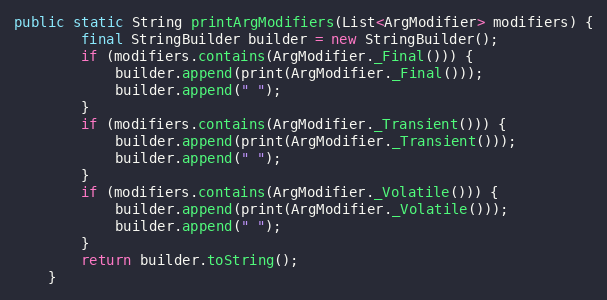
Language: Java
public static String printArgModifiers(List<ArgModifier> modifiers) {
        final StringBuilder builder = new StringBuilder();
        if (modifiers.contains(ArgModifier._Final())) {
            builder.append(print(ArgModifier._Final()));
            builder.append(" ");
        }
        if (modifiers.contains(ArgModifier._Transient())) {
            builder.append(print(ArgModifier._Transient()));
            builder.append(" ");
        }
        if (modifiers.contains(ArgModifier._Volatile())) {
            builder.append(print(ArgModifier._Volatile()));
            builder.append(" ");
        }
        return builder.toString();
    }